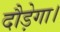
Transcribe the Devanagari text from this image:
दौड़ेगा।